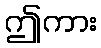
ဤကား